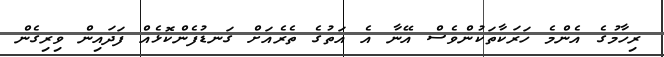
ރިހާމުގެ އެންމެ ހަރަކާތަކުންވެސް އޭނާ އެ އަތުގެ ތެރެއަށް ގަނޑުފެންކޮޅެއް ފަދައިން ވިރިގެން